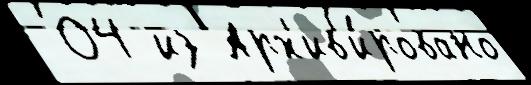
 04 из Арх'ив'и́ровано